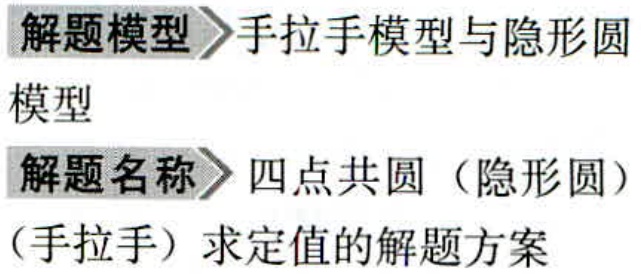
解题模型 手拉手模型与隐形圆

模型

解题名称 四点共圆（隐形圆）

（手拉手）求定值的解题方案